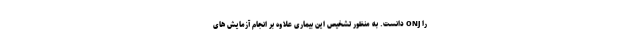
را ONJ دانست. به منظور تشخیص این بیماری علاوه بر انجام آزمایش های